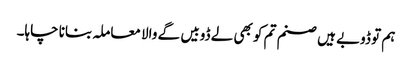
ہم تو ڈوبے ہیں صنم تم کو بھی لے ڈوبیں گے والا معاملہ بنانا چاہا۔